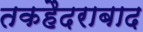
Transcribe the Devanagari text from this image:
तकहैदराबाद